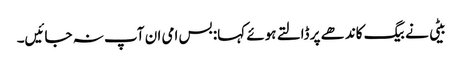
بیٹی نے بیگ کاندھے پر ڈالتے ہوئے کہا: بس امی ان آپ نہ جائیں۔